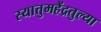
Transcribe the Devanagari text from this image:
स्यात्तुमहेंद्रतुल्या